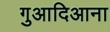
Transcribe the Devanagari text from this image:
गुआदिआना